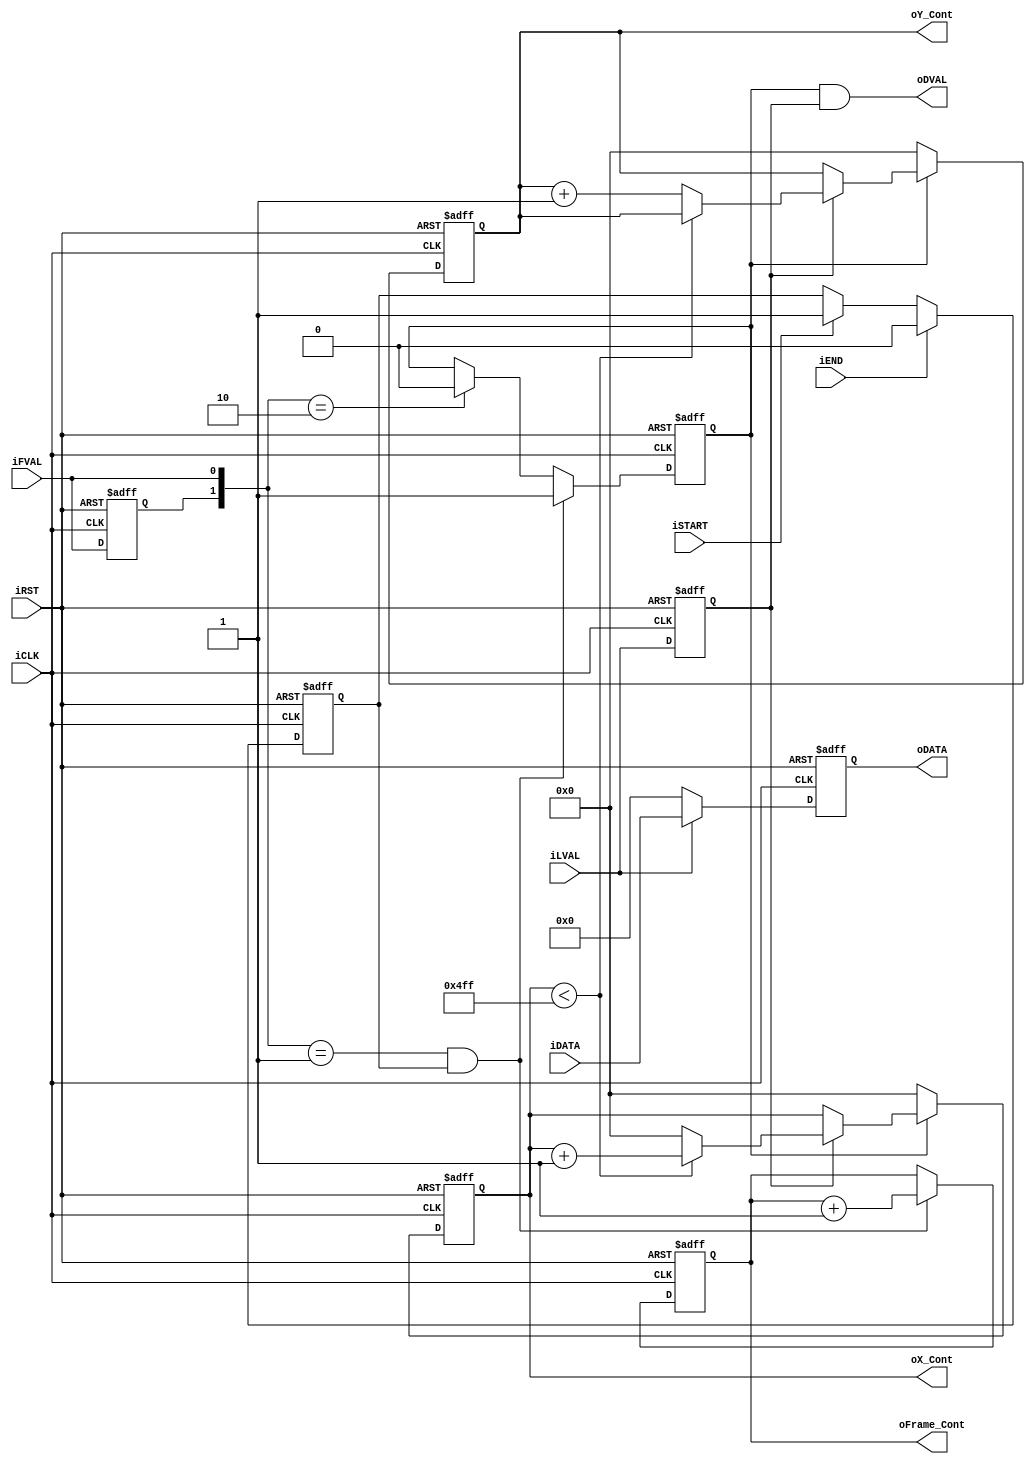
module CCD_Capture( oDATA,
                    oDVAL,
                    oX_Cont,
                    oY_Cont,
                    oFrame_Cont,
                    iDATA,
                    iFVAL,
                    iLVAL,
                    iSTART,
                    iEND,
                    iCLK,
                    iRST
                    );
                    
input   [11:0]  iDATA;
input           iFVAL;
input           iLVAL;
input           iSTART;
input           iEND;
input           iCLK;
input           iRST;
output  [11:0]  oDATA;
output  [15:0]  oX_Cont;
output  [15:0]  oY_Cont;
output  [31:0]  oFrame_Cont;
output          oDVAL;
reg             Pre_FVAL;
reg             mCCD_FVAL;
reg             mCCD_LVAL;
reg     [11:0]  mCCD_DATA;
reg     [15:0]  X_Cont;
reg     [15:0]  Y_Cont;
reg     [31:0]  Frame_Cont;
reg             mSTART;


parameter COLUMN_WIDTH = 1280;
 

assign  oX_Cont     =   X_Cont;
assign  oY_Cont     =   Y_Cont;
assign  oFrame_Cont =   Frame_Cont;
assign  oDATA       =   mCCD_DATA;
assign  oDVAL       =   mCCD_FVAL&mCCD_LVAL;

always@(posedge iCLK or negedge iRST)
begin
    if(!iRST)
    mSTART  <=  0;
    else
    begin
        if(iSTART)
        mSTART  <=  1;
        if(iEND)
        mSTART  <=  0;      
    end
end

always@(posedge iCLK or negedge iRST)
begin
    if(!iRST)
    begin
        Pre_FVAL    <=  0;
        mCCD_FVAL   <=  0;
        mCCD_LVAL   <=  0;

        X_Cont      <=  0;
        Y_Cont      <=  0;
    end
    else
    begin
        Pre_FVAL    <=  iFVAL;
        if( ({Pre_FVAL,iFVAL}==2'b01) && mSTART )
        mCCD_FVAL   <=  1;
        else if({Pre_FVAL,iFVAL}==2'b10)
        mCCD_FVAL   <=  0;
        mCCD_LVAL   <=  iLVAL;
        if(mCCD_FVAL)
        begin
            if(mCCD_LVAL)
            begin
                if(X_Cont<(COLUMN_WIDTH-1))
                X_Cont  <=  X_Cont+1;
                else
                begin
                    X_Cont  <=  0;
                    Y_Cont  <=  Y_Cont+1;
                end
            end
        end
        else
        begin
            X_Cont  <=  0;
            Y_Cont  <=  0;
        end
    end
end

always@(posedge iCLK or negedge iRST)
begin
    if(!iRST)
    Frame_Cont  <=  0;
    else
    begin
        if( ({Pre_FVAL,iFVAL}==2'b01) && mSTART )
        Frame_Cont  <=  Frame_Cont+1;
    end
end

always@(posedge iCLK or negedge iRST)
begin
    if(!iRST)
        mCCD_DATA   <=  0;
    else if (iLVAL)
        mCCD_DATA   <=  iDATA;
    else
        mCCD_DATA   <=  0;  
end         

reg ifval_dealy;

wire ifval_fedge;   
reg [15:0]  y_cnt_d;


always@(posedge iCLK or negedge iRST)
begin
    if(!iRST)
        y_cnt_d <=  0;
    else
        y_cnt_d <=  Y_Cont; 
end


always@(posedge iCLK or negedge iRST)
begin
    if(!iRST)
        ifval_dealy <=  0;
    else
        ifval_dealy <=  iFVAL;  
end

assign ifval_fedge = ({ifval_dealy,iFVAL}==2'b10)?1:0;  


endmodule